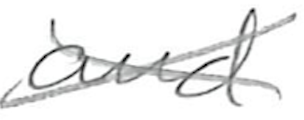
Text: and
Cross-out: cross
Writing tool: pencil